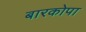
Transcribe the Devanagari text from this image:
बारकोपा